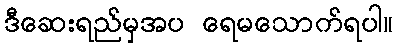
ဒီဆေးရည်မှအပ ရေမသောက်ရပါ။